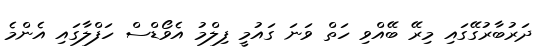
ދަރުބާރުގޭގައި މިރޭ ބޭއްވި ހަތް ވަނަ ގައުމީ ފިލްމު އެވޯޑްސް ހަފްލާގައި އެންމެ